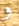
و